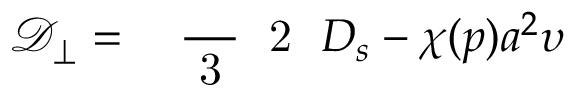
\ensuremath { \mathcal { D } _ { \perp } } = \mathrm { ~ \small ~ \displaystyle ~ \frac ~ { ~ 3 ~ } ~ { ~ 2 ~ } ~ } \ensuremath { D _ { s } } - \chi ( p ) a ^ { 2 } \upsilon